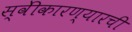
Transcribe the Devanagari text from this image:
स्वीेकारण्यारची